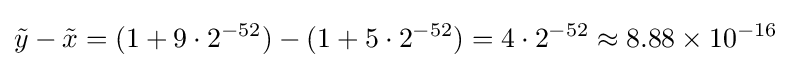
{\tilde {y}}-{\tilde {x}}=(1+9\cdot 2^{-52})-(1+5\cdot 2^{-52})=4\cdot 2^{-52}\approx 8.88\times 10^{-16}